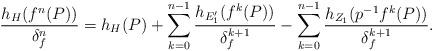
LaTeX: \begin{align*} \frac{h_{H}(f^{n}(P))}{\delta_{f}^{n}}=h_{H}(P)+\sum_{k=0}^{n-1}\frac{h_{E'_{1}}(f^{k}(P))}{\delta_{f}^{k+1}}-\sum_{k=0}^{n-1}\frac{h_{Z_{1}}(p^{-1}f^{k}(P))}{\delta_{f}^{k+1}}. \end{align*}